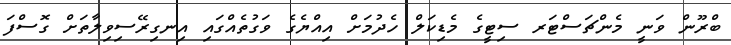
ބްރޫން ވަނީ މެންޗަސްޓަރ ސިޓީގެ މެޑިކަލް ހެދުމަށް އިއްޔެގެ ވަގުތެއްގައި އިނގިރޭސިވިލާތަށް ގޮސްފަ